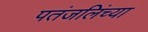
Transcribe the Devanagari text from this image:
पतंजलिंच्या